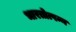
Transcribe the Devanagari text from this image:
भारतोत्पन्न